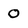
Character: 0